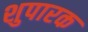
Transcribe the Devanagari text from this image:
शुपारक